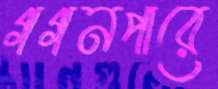
গগনপারে